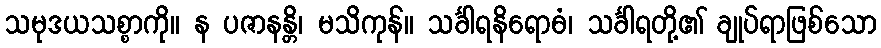
သမုဒယသစ္စာကို။ န ပဇာနန္တိ၊ မသိကုန်။ သင်္ခါရနိရောဓံ၊ သင်္ခါရတို့၏ ချုပ်ရာဖြစ်သော